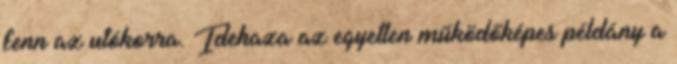
fenn az utókorra. Idehaza az egyetlen működőképes példány a